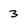
Character: 3